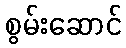
စွမ်းဆောင်